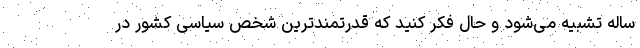
ساله تشبیه می‌شود و حال فکر کنید که قدرتمندترین شخص سیاسی کشور در